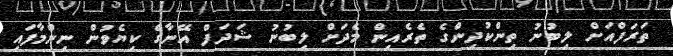
ތަރަފްއަށް ލިބުނު ތިންކުދިންގެ ތެރެއިން މެދަށް ލިބުނު ޝަދަފް އޭނާގެ ކިޔެވުން ނިންމާފައި